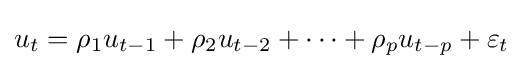
u_{t}=\rho _{1}u_{t-1}+\rho _{2}u_{t-2}+\cdots +\rho _{p}u_{t-p}+\varepsilon _{t}